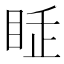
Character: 𥅸